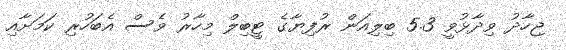
ޖިހާދު ވިދާޅުވީ 5.3 ބިލިއަން ރުފިޔާގެ ޓީބިލް މިހާރު ވެސް އެބަހުރި ކަމަށާއި